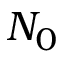
N _ { 0 }